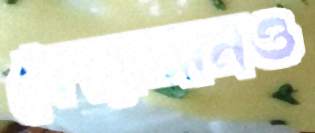
ফোরলানও